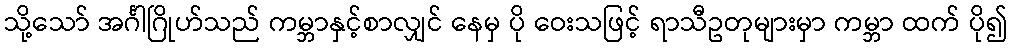
သို့သော် အင်္ဂါဂြိုဟ်သည် ကမ္ဘာနှင့်စာလျှင် နေမှ ပို ဝေးသဖြင့် ရာသီဥတုများမှာ ကမ္ဘာ ထက် ပို၍